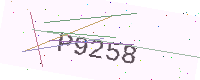
Text: P9258